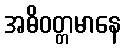
အဓိဝတ္တမာနေ